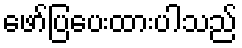
ဖော်ပြပေးထားပါသည်